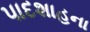
પાદશાહના